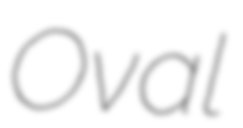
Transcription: Oval